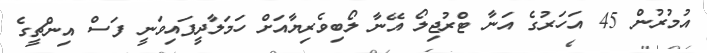
އުމުރުން 45 އަހަރުގެ އަނާ ޓްރުޖިލޯ އޭނާ ލޯބިވެރިޔާއަށް ހަމަލާދީފައިވަނީ ފަސް އިންޗީގެ